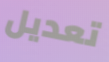
تعديل